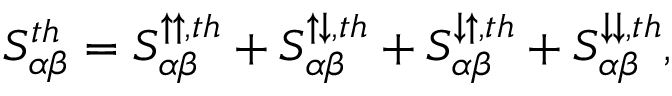
{ S _ { \alpha \beta } ^ { t h } = S _ { \alpha \beta } ^ { \uparrow \uparrow , t h } + S _ { \alpha \beta } ^ { \uparrow \downarrow , t h } + S _ { \alpha \beta } ^ { \downarrow \uparrow , t h } + S _ { \alpha \beta } ^ { \downarrow \downarrow , t h } } ,